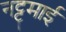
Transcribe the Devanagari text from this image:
नट्टमाई